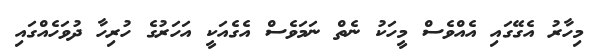
މިހާރު އެގޭގައި އެއްވެސް މީހަކު ނެތް ނަމަވެސް އެގެއަކީ އަހަރުގެ ހުރިހާ ދުވަހެއްގައި